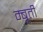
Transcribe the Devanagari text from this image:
म्बूती